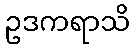
ဥဒကရာသိ